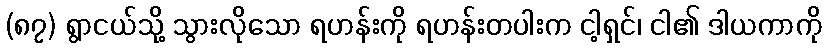
(၈၇) ရွာငယ်သို့ သွားလိုသော ရဟန်းကို ရဟန်းတပါးက ငါ့ရှင်၊ ငါ၏ ဒါယကာကို